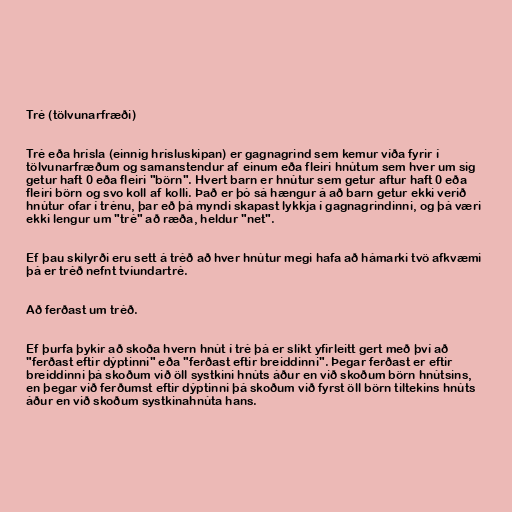
Tré (tölvunarfræði)

Tré eða hrísla (einnig hrísluskipan) er gagnagrind sem kemur víða fyrir í
tölvunarfræðum og samanstendur af einum eða fleiri hnútum sem hver um sig
getur haft 0 eða fleiri "börn". Hvert barn er hnútur sem getur aftur haft 0 eða
fleiri börn og svo koll af kolli. Það er þó sá hængur á að barn getur ekki verið
hnútur ofar í trénu, þar eð þá myndi skapast lykkja í gagnagrindinni, og þá væri
ekki lengur um "tré" að ræða, heldur "net".

Ef þau skilyrði eru sett á tréð að hver hnútur megi hafa að hámarki tvö afkvæmi
þá er tréð nefnt tvíundartré.

Að ferðast um tréð.

Ef þurfa þykir að skoða hvern hnút í tré þá er slíkt yfirleitt gert með því að
"ferðast eftir dýptinni" eða "ferðast eftir breiddinni". Þegar ferðast er eftir
breiddinni þá skoðum við öll systkini hnúts áður en við skoðum börn hnútsins,
en þegar við ferðumst eftir dýptinni þá skoðum við fyrst öll börn tiltekins hnúts
áður en við skoðum systkinahnúta hans.